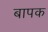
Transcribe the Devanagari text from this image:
बापक